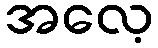
အလေ့